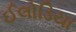
ઈલોડિયા